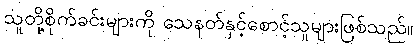
သူတို့စိုက်ခင်းများကို သေနတ်နှင့်စောင့်သူများဖြစ်သည်။